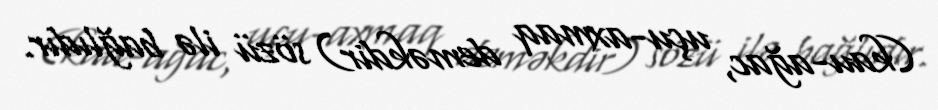
(kau-ağac, uçu-axmaq deməkdir) sözü ilə bağlıdır.